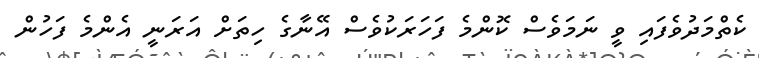
ކެތްމަދުވެފައި ވީ ނަމަވެސް ކޮންމެ ފަހަރަކުވެސް އޭނާގެ ހިތަށް އަރަނީ އެންމެ ފަހުން